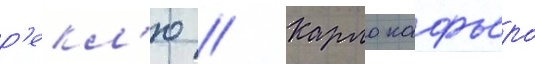
р'екл'ю // Карло кафьеро